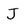
Character: J